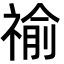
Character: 䄖